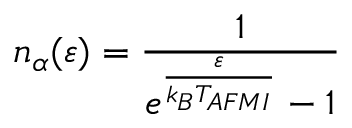
n _ { \alpha } ( \varepsilon ) = \frac { 1 } { e ^ { \frac { \varepsilon } { k _ { B } T _ { A F M I } } } - 1 }